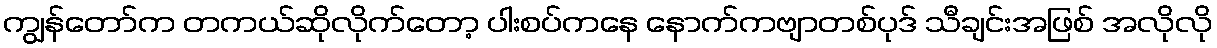
ကျွန်တော်က တကယ်ဆိုလိုက်တော့ ပါးစပ်ကနေ နောက်ကဗျာတစ်ပုဒ် သီချင်းအဖြစ် အလိုလို